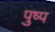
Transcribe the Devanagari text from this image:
पुष्प